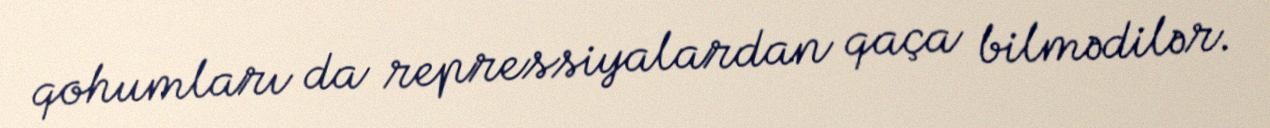
qohumları da repressiyalardan qaça bilmədilər.